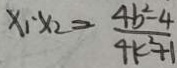
x _ { 1 } \cdot x _ { 2 } = \frac { 4 b ^ { 2 } - 4 } { 4 k ^ { 2 } + 1 }